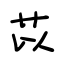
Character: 苡